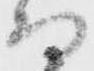
而